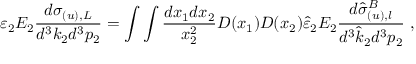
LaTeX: \varepsilon _ { 2 } E _ { 2 } \frac { d \sigma _ { ( u ) , L } } { d ^ { 3 } k _ { 2 } d ^ { 3 } p _ { 2 } } = \int \int \frac { d x _ { 1 } d x _ { 2 } } { x _ { 2 } ^ { 2 } } D ( x _ { 1 } ) D ( x _ { 2 } ) \hat { \varepsilon } _ { 2 } E _ { 2 } \frac { d \hat { \sigma } _ { ( u ) , l } ^ { B } } { d ^ { 3 } \hat { k } _ { 2 } d ^ { 3 } p _ { 2 } } \ ,